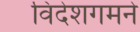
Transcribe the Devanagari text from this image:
विदेशगमने